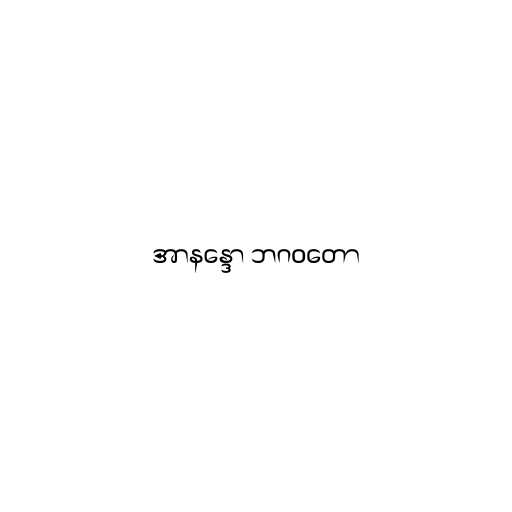
အာနန္ဒော ဘဂဝတော